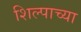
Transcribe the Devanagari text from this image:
शिल्पाच्या